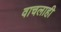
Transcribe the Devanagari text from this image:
वाचलाही